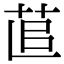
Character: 𦯭